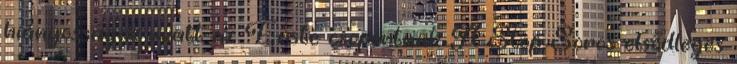
hiányosságok miatt az Erste csoportnak A Stop Soros elsődleges